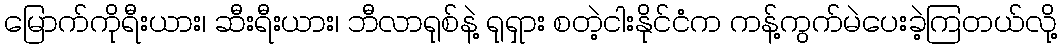
မြောက်ကိုရီးယား၊ ဆီးရီးယား၊ ဘီလာရုစ်နဲ့ ရုရှား စတဲ့ငါးနိုင်ငံက ကန့်ကွက်မဲပေးခဲ့ကြတယ်လို့